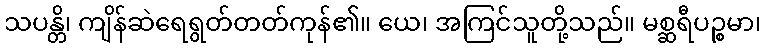
သပန္တိ၊ ကျိန်ဆဲရေရွတ်တတ်ကုန်၏။ ယေ၊ အကြင်သူတို့သည်။ မစ္ဆရီပဉ္စမာ၊